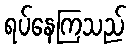
ရပ်နေကြသည်